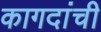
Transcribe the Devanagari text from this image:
कागदांची